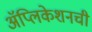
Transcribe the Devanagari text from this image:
अॅप्लिकेशनची